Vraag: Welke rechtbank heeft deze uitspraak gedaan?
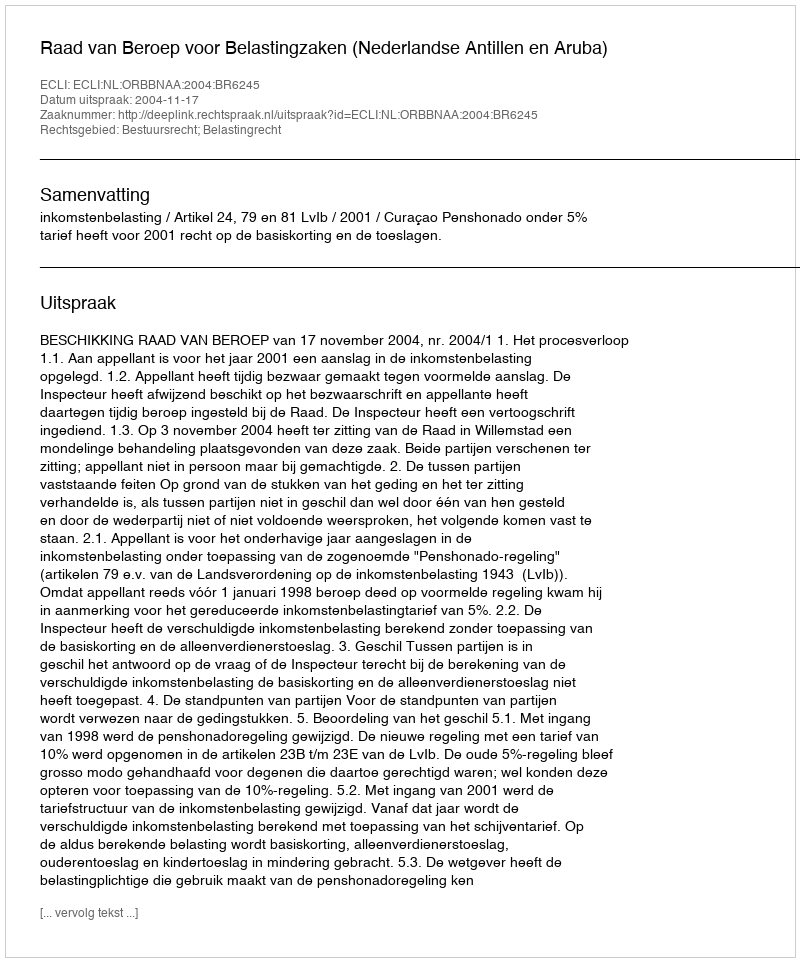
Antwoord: Raad van Beroep voor Belastingzaken (Nederlandse Antillen en Aruba)